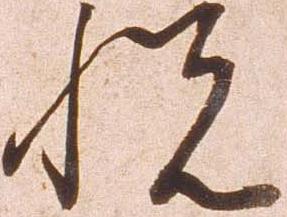
悦